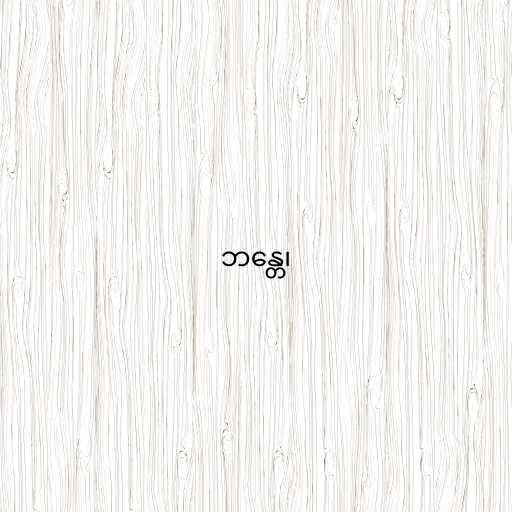
ဘန္တေ၊